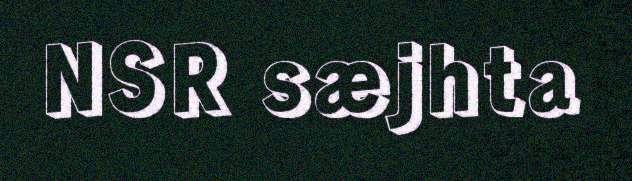
NSR sæjhta